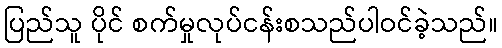
ပြည်သူ ပိုင် စက်မှုလုပ်ငန်းစသည်ပါဝင်ခဲ့သည်။